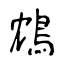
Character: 鴆